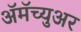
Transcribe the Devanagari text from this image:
ॲमॅच्युअर